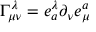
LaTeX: \Gamma _ { \mu \nu } ^ { \lambda } = e _ { a } ^ { \lambda } \partial _ { \nu } e _ { \mu } ^ { a }